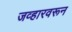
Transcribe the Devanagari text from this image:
जव्हारवरून